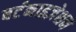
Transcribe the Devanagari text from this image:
बर्टनाइज़ेशन